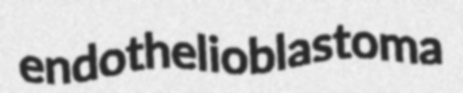
endothelioblastoma